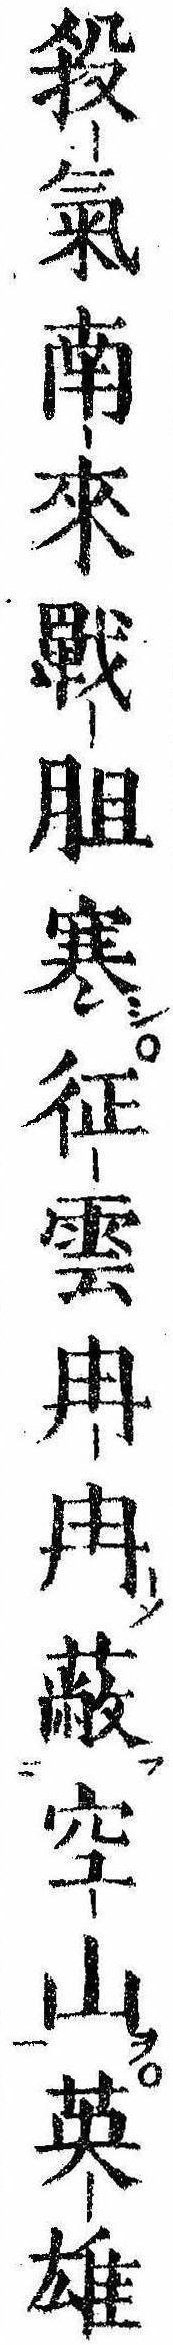
殺気南来戦䏣寒征雲冉冉蔽空山英雄